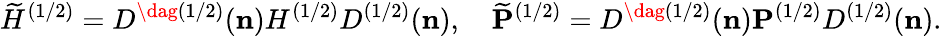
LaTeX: \widetilde{H}^{(1/2)}=D^{\dag(1/2)}({\mathbf n}){H}^{(1/2)}D^{(1/2)}({\mathbf n}),\quad\widetilde{\mathbf P}^{(1/2)}=D^{\dag(1/2)}({\mathbf n}){\mathbf P}^{(1/2)}D^{(1/2)}({\mathbf n}).